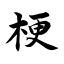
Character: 梗